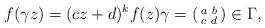
LaTeX: \begin{align*} f(\gamma z) = (cz+d)^k f(z) \gamma = \left(\begin{smallmatrix} a&b \\ c&d \end{smallmatrix}\right) \in \Gamma,\end{align*}